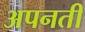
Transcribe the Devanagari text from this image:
अपनती